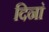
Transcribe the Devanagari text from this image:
दिनां